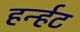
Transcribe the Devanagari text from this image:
हर्न्हट